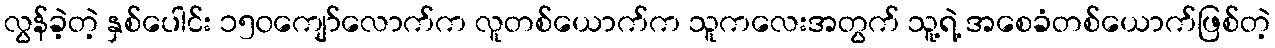
လွန်ခဲ့တဲ့ နှစ်ပေါင်း ၁၅၀ကျော်လောက်က လူတစ်ယောက်က သူကလေးအတွက် သူ့ရဲ့ အစေခံတစ်ယောက်ဖြစ်တဲ့